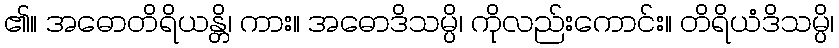
၏။ အဓောတိရိယန္တိ၊ ကား။ အဓောဒိသမ္ပိ၊ ကိုလည်းကောင်း။ တိရိယံဒိသမ္ပိ၊